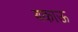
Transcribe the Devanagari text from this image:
बकाऊ